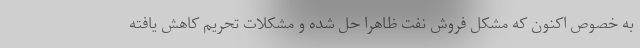
به خصوص اکنون که مشکل فروش نفت ظاهرا حل شده و مشکلات تحریم کاهش یافته